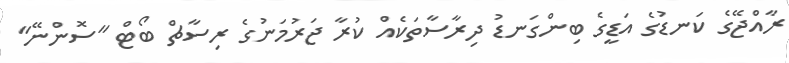
ރާއްޖޭގެ ކަނޑުގެ އަޑީގެ ބިންގަނޑު ދިރާސާތަކެއް ކުރާ ޖަރުމަނުގެ ރިސާޗް ބޯޓް "ސޮންނޭ"